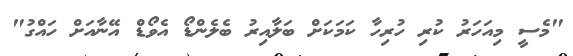
"މެސީ މިއަހަރު ކުރި ހުރިހާ ކަމަކަށް ބަލާއިރު ބެލެންޑޯ އެވޯޑް އޭނާއަށް ހައްގު"